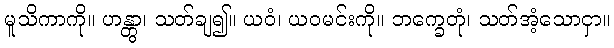
မူသိကာကို။ ဟန္တွာ၊ သတ်ချ၍။ ယဝံ၊ ယဝမင်းကို။ ဘက္ခေတုံ၊ သတ်အံ့သောငှာ။